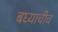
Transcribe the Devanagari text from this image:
बघ्याचीच